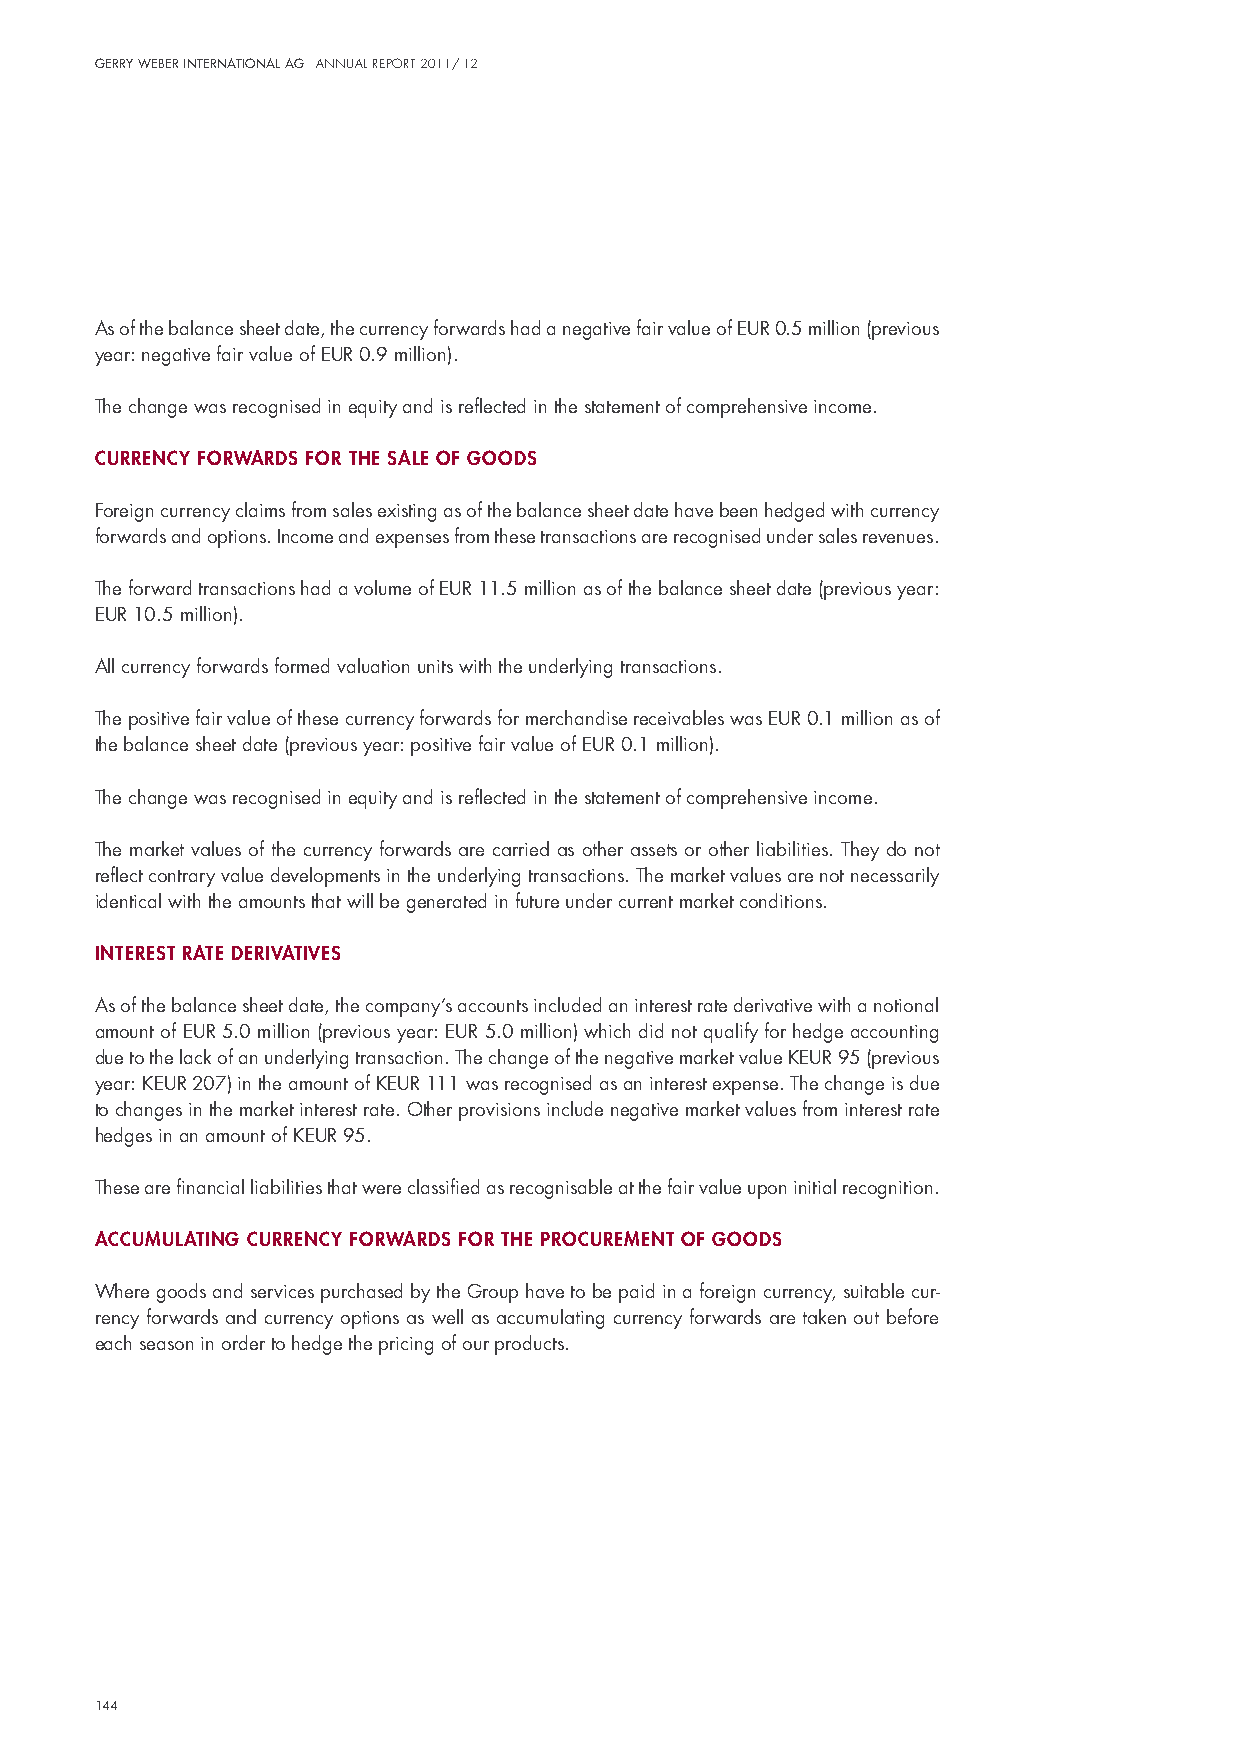
Gerry Weber InternatIonal aG annual report 2011/ 12
 As of the balance sheet date, the currency forwards had a negative fair value of euR 0.5 million (previous
 year: negative fair value of euR 0.9 million).
 The change was recognised in equity and is reflected in the statement of comprehensive income.
 currency forwards for the sale of goods
 Foreign currency claims from sales existing as of the balance sheet date have been hedged with currency
 forwards and options. income and expenses from these transactions are recognised under sales revenues.
 The forward transactions had a volume of euR 11.5 million as of the balance sheet date (previous year:
 euR 10.5 million).
 All currency forwards formed valuation units with the underlying transactions.
 The positive fair value of these currency forwards for merchandise receivables was euR 0.1 million as of
 the balance sheet date (previous year: positive fair value of euR 0.1 million).
 The change was recognised in equity and is reflected in the statement of comprehensive income.
 The market values of the currency forwards are carried as other assets or other liabilities. They do not
 reflect contrary value developments in the underlying transactions. The market values are not necessarily
 identical with the amounts that will be generated in future under current market conditions.
 Interest rate derIvatIves
 As of the balance sheet date, the company’s accounts included an interest rate derivative with a notional
 amount of euR 5.0 million (previous year: euR 5.0 million) which did not qualify for hedge accounting
 due to the lack of an underlying transaction. The change of the negative market value KeuR 95 (previous
 year: KeuR 207) in the amount of KeuR 111 was recognised as an interest expense. The change is due
 to changes in the market interest rate. other provisions include negative market values from interest rate
 hedges in an amount of KeuR 95.
 These are financial liabilities that were classified as recognisable at the fair value upon initial recognition.
 accumulatIng currency forwards for the procurement of goods
 Where goods and services purchased by the Group have to be paid in a foreign currency, suitable cur-
 rency forwards and currency options as well as accumulating currency forwards are taken out before
 each season in order to hedge the pricing of our products.
 144